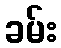
ခမ်း